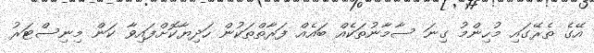
އޭގެ ތެރޭގައި މުހިންމު ގިނަ ސާމާނުތަކެއް ބައެއް ފަރާތްތަކުން ހަދިޔާކޮށްފައިވާ ކަން މިނިސްޓަރު